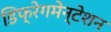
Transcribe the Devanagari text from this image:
डिफ्रेगमेन्टेशन